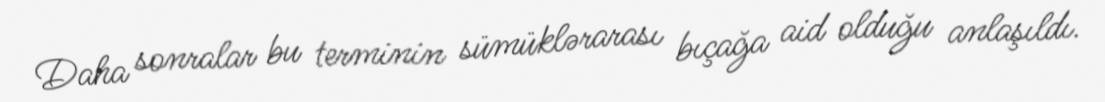
Daha sonralar bu terminin sümüklərarası bıçağa aid olduğu anlaşıldı.